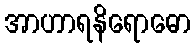
အာဟာရနိရောဓော